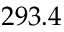
2 9 3 . 4